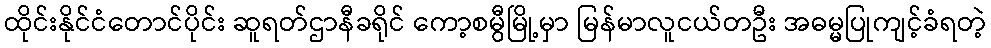
ထိုင်းနိုင်ငံတောင်ပိုင်း ဆူရတ်ဌာနီခရိုင် ကော့စမွီမြို့မှာ မြန်မာလူငယ်တဦး အဓမ္မပြုကျင့်ခံရတဲ့